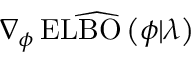
\widehat { \nabla _ { \phi } \operatorname { E L B O } \left( \phi \vert \lambda \right) }